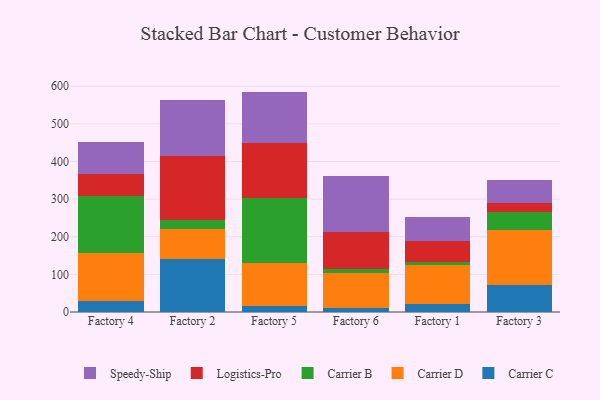
{"axis": {"x": "Factory", "y": "Market Share (%)"}, "legend": ["Carrier B", "Carrier C", "Carrier D", "Logistics-Pro", "Speedy-Ship"], "data": [{"x": "Factory 4", "y": 29.2, "type": "Carrier C"}, {"x": "Factory 4", "y": 127.7, "type": "Carrier D"}, {"x": "Factory 4", "y": 152.4, "type": "Carrier B"}, {"x": "Factory 4", "y": 57.9, "type": "Logistics-Pro"}, {"x": "Factory 4", "y": 84.0, "type": "Speedy-Ship"}, {"x": "Factory 2", "y": 141.4, "type": "Carrier C"}, {"x": "Factory 2", "y": 79.9, "type": "Carrier D"}, {"x": "Factory 2", "y": 23.6, "type": "Carrier B"}, {"x": "Factory 2", "y": 170.4, "type": "Logistics-Pro"}, {"x": "Factory 2", "y": 147.7, "type": "Speedy-Ship"}, {"x": "Factory 5", "y": 16.2, "type": "Carrier C"}, {"x": "Factory 5", "y": 113.6, "type": "Carrier D"}, {"x": "Factory 5", "y": 173.6, "type": "Carrier B"}, {"x": "Factory 5", "y": 146.9, "type": "Logistics-Pro"}, {"x": "Factory 5", "y": 135.4, "type": "Speedy-Ship"}, {"x": "Factory 6", "y": 11.0, "type": "Carrier C"}, {"x": "Factory 6", "y": 92.6, "type": "Carrier D"}, {"x": "Factory 6", "y": 9.9, "type": "Carrier B"}, {"x": "Factory 6", "y": 99.6, "type": "Logistics-Pro"}, {"x": "Factory 6", "y": 149.2, "type": "Speedy-Ship"}, {"x": "Factory 1", "y": 20.2, "type": "Carrier C"}, {"x": "Factory 1", "y": 105.5, "type": "Carrier D"}, {"x": "Factory 1", "y": 6.7, "type": "Carrier B"}, {"x": "Factory 1", "y": 55.8, "type": "Logistics-Pro"}, {"x": "Factory 1", "y": 64.1, "type": "Speedy-Ship"}, {"x": "Factory 3", "y": 72.7, "type": "Carrier C"}, {"x": "Factory 3", "y": 144.0, "type": "Carrier D"}, {"x": "Factory 3", "y": 49.6, "type": "Carrier B"}, {"x": "Factory 3", "y": 23.4, "type": "Logistics-Pro"}, {"x": "Factory 3", "y": 60.7, "type": "Speedy-Ship"}]}